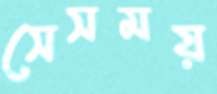
সেসময়